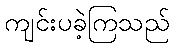
ကျင်းပခဲ့ကြသည်